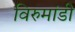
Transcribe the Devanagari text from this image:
विरुमांडी